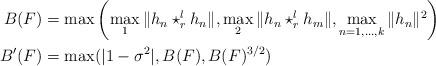
LaTeX: \begin{align*}B(F)&=\max\left( \max_{1}\|h_{n}\star_{r}^{l} h_{n}\|,\max_{2}\|h_{n}\star_{r}^{l} h_{m}\| ,\max_{n=1,\dots ,k}\|h_{n}\|^{2} \right)\\B'(F)&=\max( | 1-\sigma ^{2} |,B(F),B(F)^{3/2} ) \end{align*}